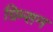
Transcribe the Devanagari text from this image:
ग्रिम्सन